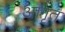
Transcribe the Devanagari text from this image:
आगृत